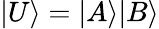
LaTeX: |U\rangle=|A\rangle|B\rangle